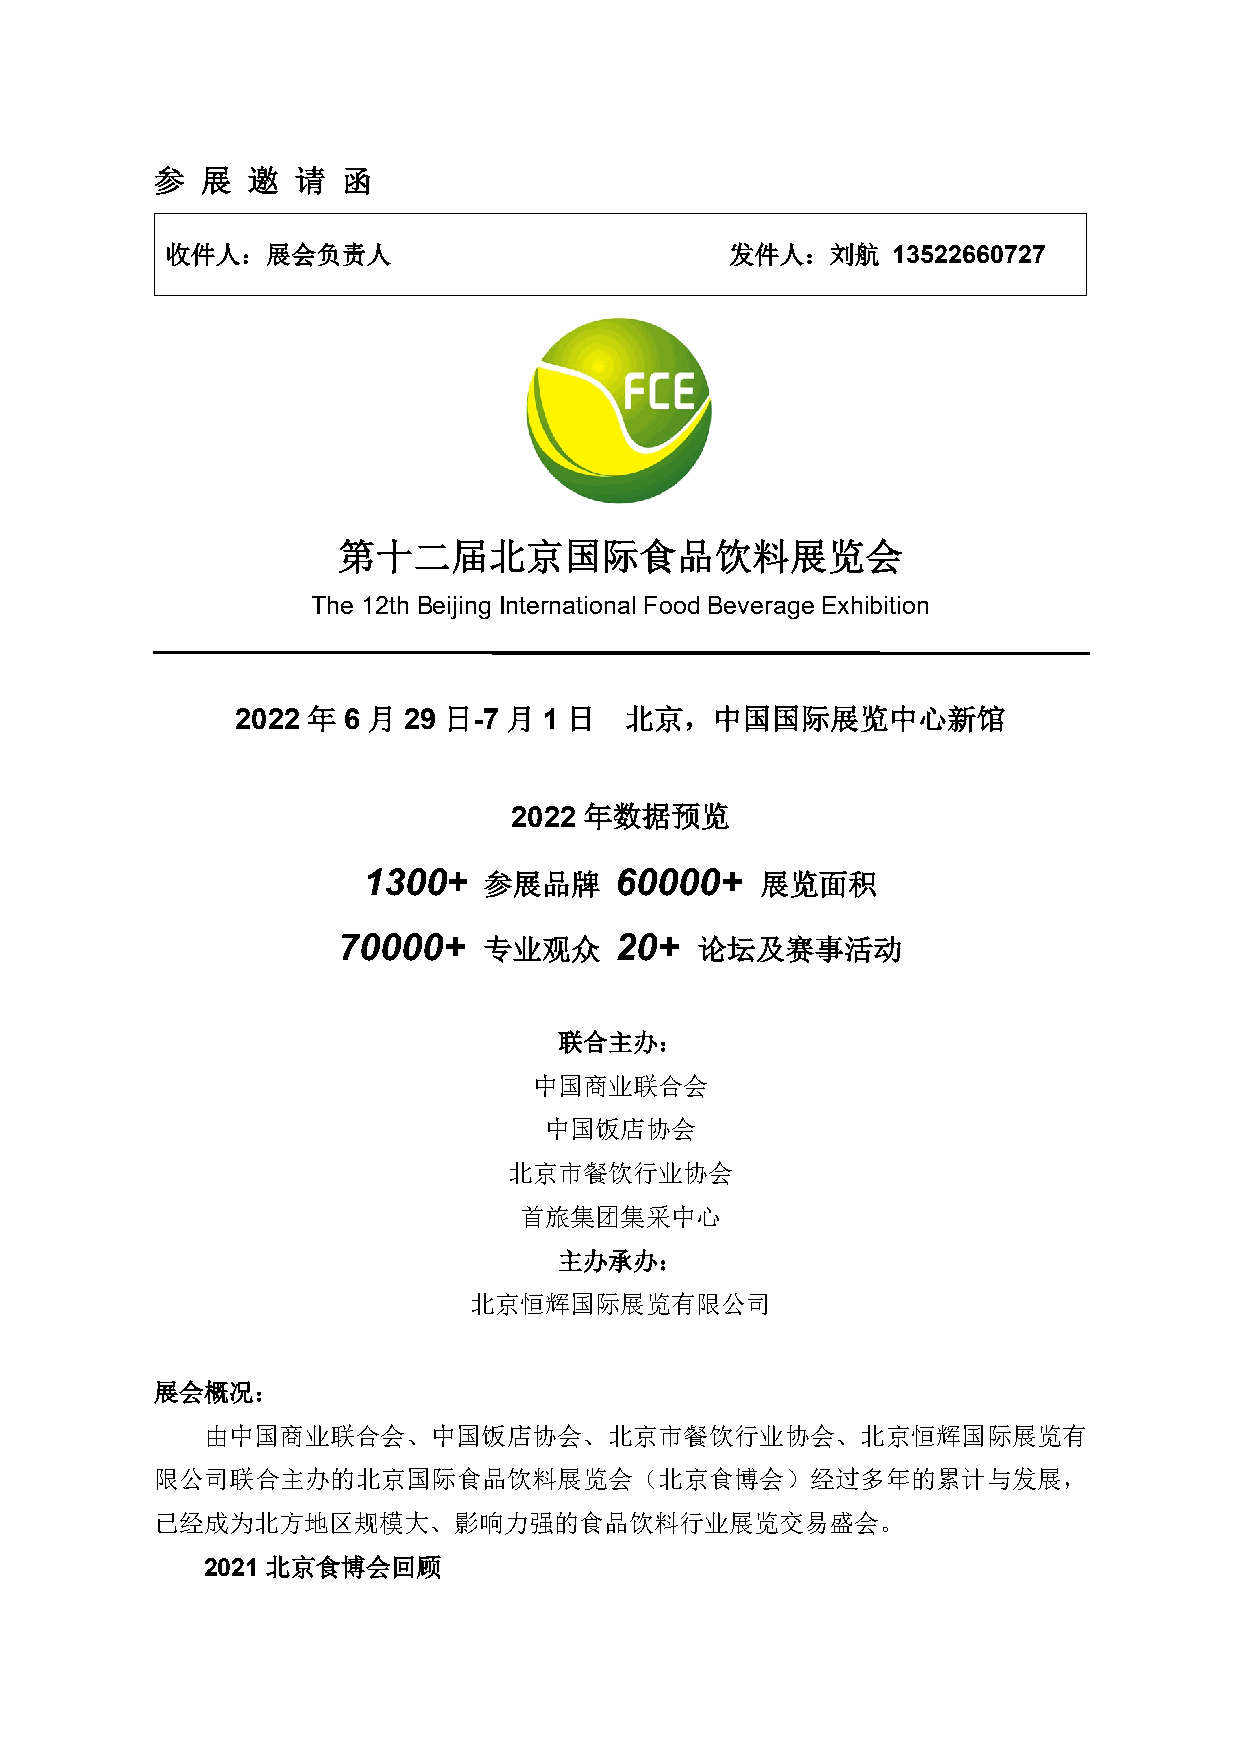
参  展  邀   请  函
 收件人：展会负责人                            发件人：刘航     13522660727
 第十二届北京国际食品饮料展览会
 The 12th Beijing International Food Beverage Exhibition
 2022 年 6 月 29 日-7 月 1 日  北京，中国国际展览中心新馆
 2022 年数据预览
 1300+   参展品牌     60000+   展览面积
 70000+    专业观众     20+  论坛及赛事活动
 联合主办：
 中国商业联合会
 中国饭店协会
 北京市餐饮行业协会
 首旅集团集采中心
 主办承办：
 北京恒辉国际展览有限公司
 展会概况：
 由中国商业联合会、中国饭店协会、北京市餐饮行业协会、北京恒辉国际展览有
 限公司联合主办的北京国际食品饮料展览会（北京食博会）经过多年的累计与发展，
 已经成为北方地区规模大、影响力强的食品饮料行业展览交易盛会。
 2021 北京食博会回顾